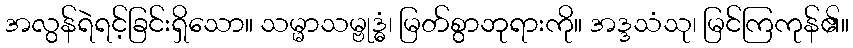
အလွန်ရဲရင့်ခြင်းရှိသော။ သမ္မာသမ္ဗုဒ္ဓံ၊ မြတ်စွာဘုရားကို။ အဒ္ဒသံသု၊ မြင်ကြကုန်၏။